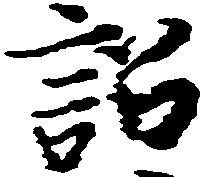
訟